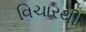
વિચારથી